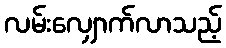
လမ်းလျှောက်လာသည့်